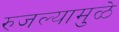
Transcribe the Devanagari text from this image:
रुजल्यामुळे